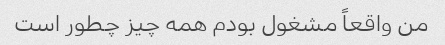
من واقعاً مشغول بودم همه چیز چطور است